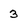
Character: 3